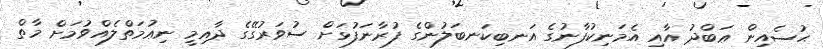
ޙުސެއިން ޢަބްދު އާއި އެމަނިކުފާނުގެ އަނބިކަނބަލުންގެ ފުރާނަފުޅަށް ސުވަރުގޭގެ ދާއިމީ ނިޢުމަތްލެއްވުމަށް މާތް